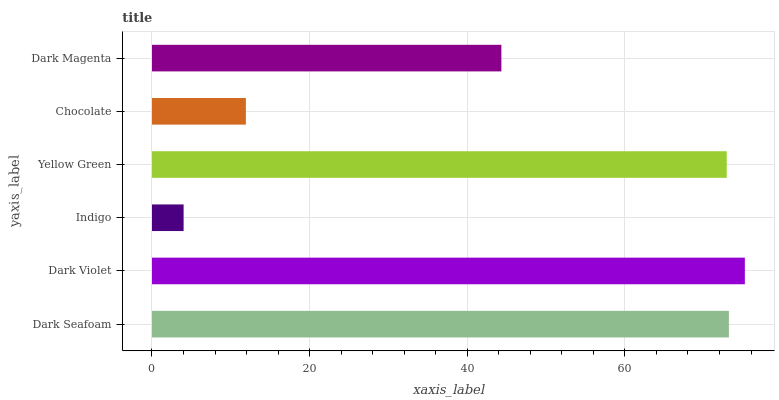
| yaxis_label | bars |
 | --- | --- |
 | Dark Seafoam | 73.2 |
 | Dark Violet | 75.2 |
 | Indigo | 4.01 |
 | Yellow Green | 72.9 |
 | Chocolate | 11.9 |
 | Dark Magenta | 44.3 |